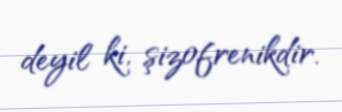
deyil ki, şizofrenikdir.